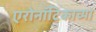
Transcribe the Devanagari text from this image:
एरोनॉटिकाच्या